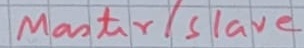
Text: Master/Slave